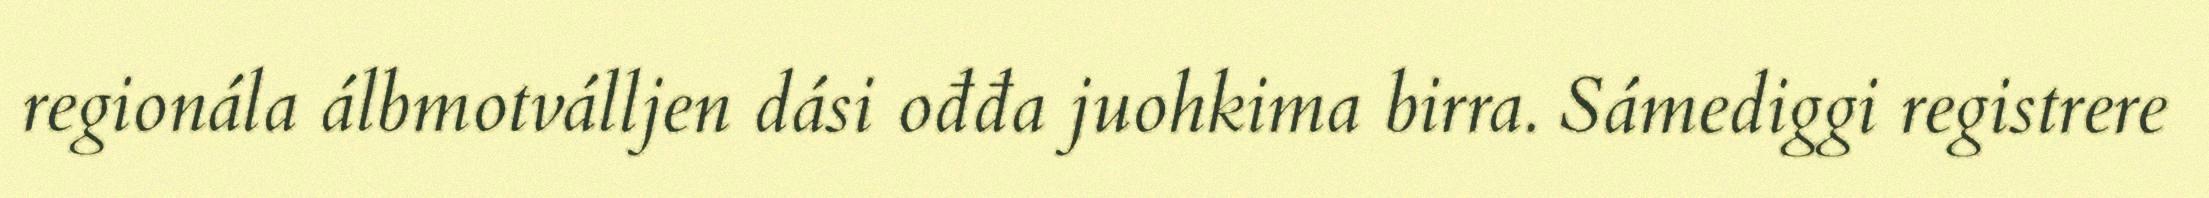
regionála álbmotválljen dási ođđa juohkima birra. Sámediggi registrere